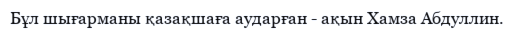
Бұл шығарманы қазақшаға аударған - ақын Хамза Абдуллин.